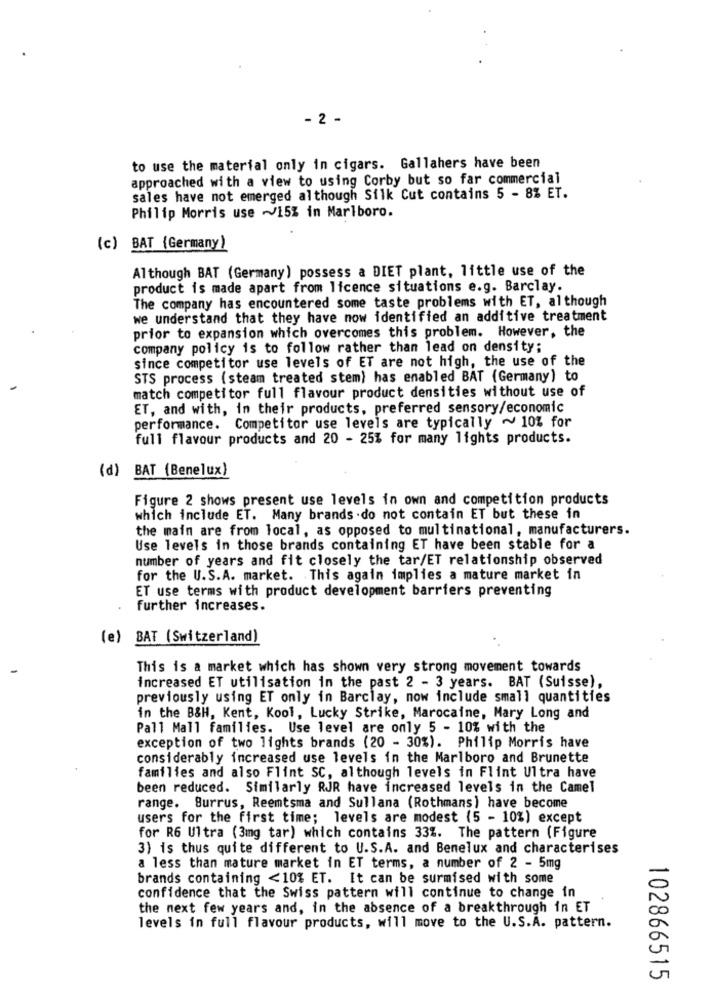
- 2 -
to use the material only in cigars. Gallahers have been
approached with a view to using Corby but so far commercial
sales have not emerged although Silk Cut contains 5 - 8% ET.
Philip Morris use -15% in Marlboro.
(c) BAT (Germany)
Although BAT (Germany) possess a DIET plant, little use of the
product is made apart from licence situations e.g. Barclay.
The company has encountered some taste problems with ET, although
we understand that they have now identified an additive treatment
prior to expansion which overcomes this problem. However, the
company policy is to follow rather than lead on density;
since competitor use levels of ET are not high, the use of the
STS process (steam treated stem) has enabled BAT (Germany) to
match competitor full flavour product densities without use of
ET, and with, in their products, preferred sensory/economic
performance. Competitor use levels are typically ~ 10% for
full flavour products and 20 - 25% for many lights products.
(d) BAT (Benelux)
Figure 2 shows present use levels in own and competition products
which include ET. Many brands .do not contain ET but these in
the main are from local, as opposed to multinational, manufacturers.
Use levels in those brands containing ET have been stable for a
number of years and fit closely the tar/ET relationship observed
for the U.S.A. market. This again implies a mature market in
ET use terms with product development barriers preventing
further increases.
(e) BAT (Switzerland)
This is a market which has shown very strong movement towards
increased ET utilisation in the past 2 - 3 years. BAT (Suisse),
previously using ET only in Barclay, now include small quantities
in the B&H, Kent, Kool, Lucky Strike, Marocaine, Mary Long and
Pall Mall families. Use level are only 5 - 10% with the
exception of two lights brands (20 - 30%). Philip Morris have
considerably increased use levels in the Marlboro and Brunette
families and also Flint SC, although levels in Flint Ultra have
been reduced. Similarly RJR have increased levels in the Camel
range. Burrus, Reemtsma and Sullana (Rothmans) have become
users for the first time; levels are modest (5 - 10%) except
for R6 Ultra (3mg tar) which contains 33%. The pattern (Figure
3) is thus quite different to U.S.A. and Benelux and characterises
a less than mature market in ET terms, a number of 2 - 5mg
brands containing <10% ET. It can be surmised with some
confidence that the Swiss pattern will continue to change in
the next few years and, in the absence of a breakthrough in ET
levels in full flavour products, will move to the U.S.A. pattern.
102866515